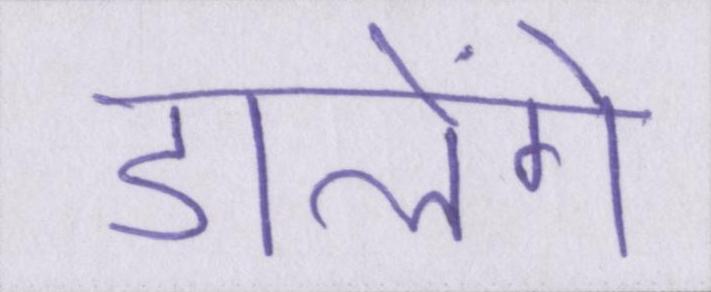
डालेंगे